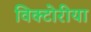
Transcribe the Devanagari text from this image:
विक्टोरीया